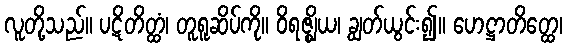
လူတို့သည်။ ပဋိတိတ္ထံ၊ တူရူဆိပ်ကို။ ဝိရဇ္ဈိယ၊ ချွတ်ယွင်း၍။ ဟေဋ္ဌာတိတ္ထေ၊